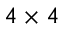
4 \times 4